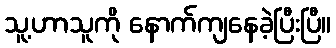
သူ့ဟာသူကို နောက်ကျနေခဲ့ပြီးပြီ။